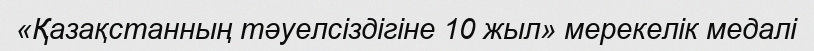
«Қазақстанның тәуелсіздігіне 10 жыл» мерекелік медалі